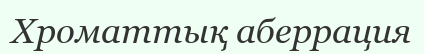
Хроматтық аберрация